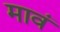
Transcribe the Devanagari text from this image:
मावं